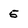
Character: 5